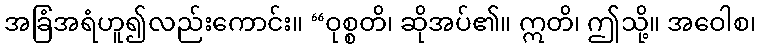
အခြံအရံဟူ၍လည်းကောင်း။ “ဝုစ္စတိ၊ ဆိုအပ်၏။ ဣတိ၊ ဤသို့။ အဝေါစ၊